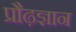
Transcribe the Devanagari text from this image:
प्रौढ़ज्ञान